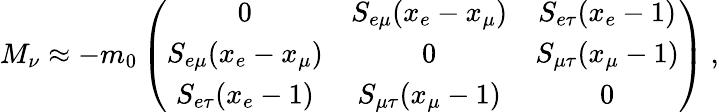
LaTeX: M_{\nu}\approx-m_{0}\left(\begin{array}{ccc}{{0}}&{{S_{e\mu}(x_{e}-x_{\mu})}}&{{S_{e\tau}(x_{e}-1)}}\\ {{S_{e\mu}(x_{e}-x_{\mu})}}&{{0}}&{{S_{\mu\tau}(x_{\mu}-1)}}\\ {{S_{e\tau}(x_{e}-1)}}&{{S_{\mu\tau}(x_{\mu}-1)}}&{{0}}\end{array}\right)~,